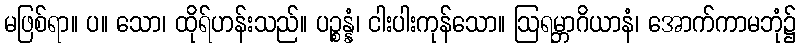
မဖြစ်ရာ။ ပ။ သော၊ ထိုရ်ဟန်းသည်။ ပဉ္စန္နံ၊ ငါးပါးကုန်သော။ ဩရမ္ဘာဂိယာနံ၊ အောက်ကာမဘုံ၌